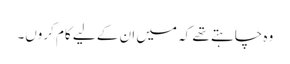
وہ چاہتے تھے کہ میں ان کے لیے کام کروں۔